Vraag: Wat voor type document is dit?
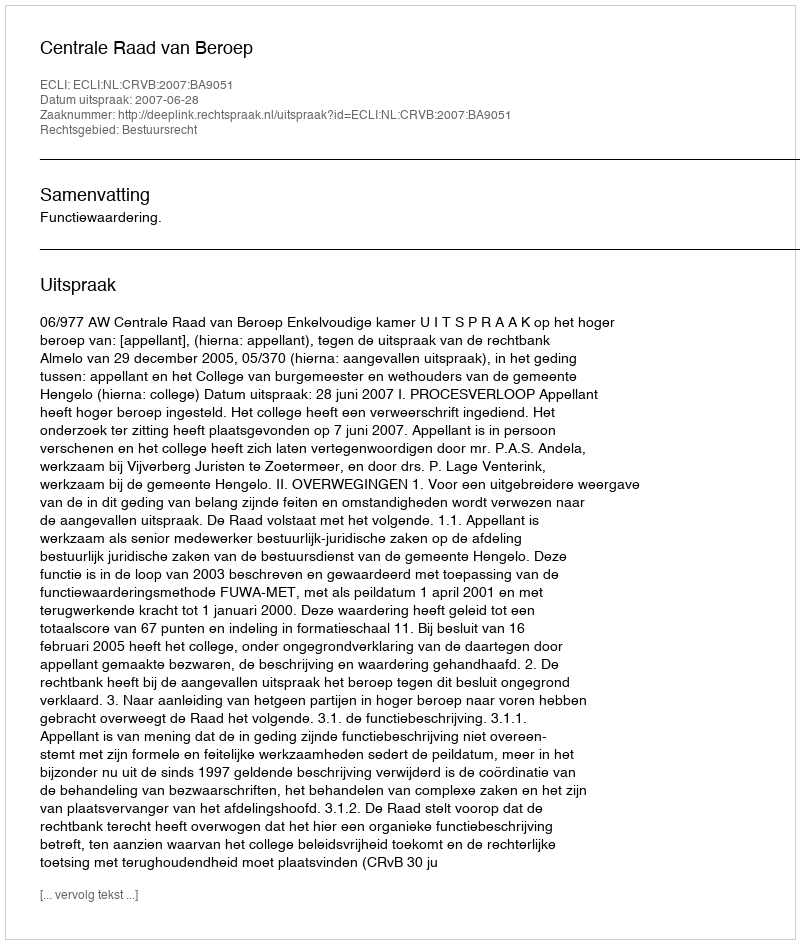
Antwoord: Uitspraak